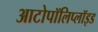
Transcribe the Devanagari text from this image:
आटोपॉलिप्लॉइड